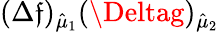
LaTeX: (\Delta\mathfrak{f})_{\hat{{\mu}}_{1}}(\Deltag)_{\hat{{\mu}}_{2}}